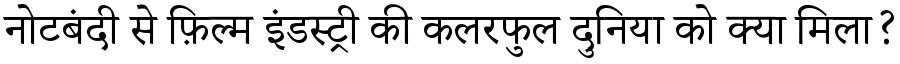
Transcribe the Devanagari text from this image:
नोटबंदी से फ़िल्म इंडस्ट्री की कलरफुल दुनिया को क्या मिला?